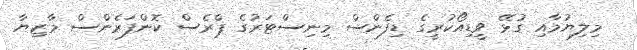
މިލިޔުމާއި ގުޅޭ ވީޑިއޯކުރީގެ ޑިފެންސް މިނިސްޓަރުގެ ޕްރެސް ކޮންފަރެންސް މާޒިޔާ